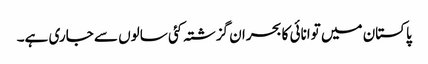
پاکستان میں توانائی کا بحران گزشتہ کئی سالوں سے جاری ہے۔